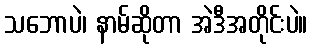
သဘောပဲ၊ နာမ်ဆိုတာ အဲဒီအတိုင်းပဲ။